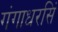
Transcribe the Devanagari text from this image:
गंगाधरसिं